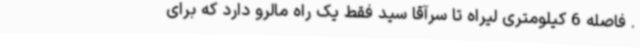
. فاصله 6 کیلومتری لیراه تا سرآقا سید فقط یک راه مالرو دارد که برای